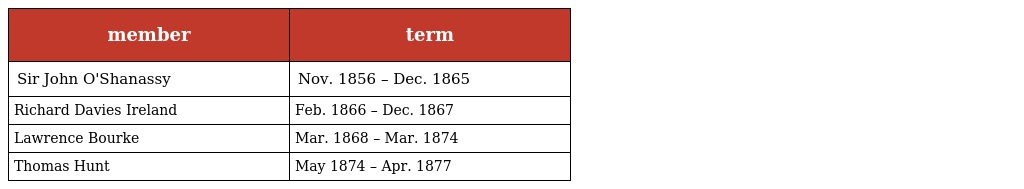
| member | term |
 | --- | --- |
 | Sir John O'Shanassy | Nov. 1856 – Dec. 1865 |
 | Richard Davies Ireland | Feb. 1866 – Dec. 1867 |
 | Lawrence Bourke | Mar. 1868 – Mar. 1874 |
 | Thomas Hunt | May 1874 – Apr. 1877 |